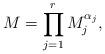
LaTeX: \begin{align*}M=\prod_{j=1}^r M_j^{\alpha_j},\end{align*}